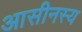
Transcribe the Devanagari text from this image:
आसीनस्य